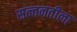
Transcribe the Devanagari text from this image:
सल्तनतीला